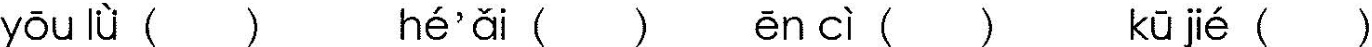
yōu lù () hé'ǎi () ēn cì () kū jé ()